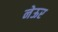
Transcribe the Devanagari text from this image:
नेऊर